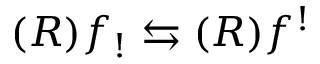
( R ) f _ { ! } \leftrightarrows ( R ) f ^ { ! }